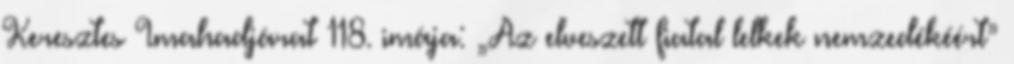
Keresztes Imahadjárat 118. imája: „Az elveszett fiatal lelkek nemzedékéért”